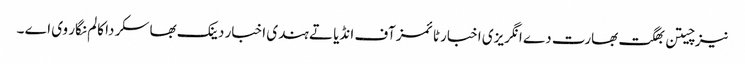
نیز چیتن بھگت بھارت دے انگریزی اخبار ٹائمز آف انڈیا تے ہندی اخبار دینک بھاسکر دا کالم نگار وی اے ۔